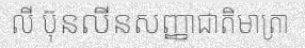
លី ប៊ុនលីនសញ្ញាជាតិមាត្រា